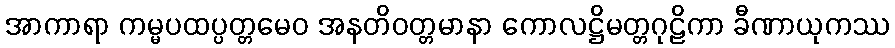
အာကာရာ ကမ္မပထပ္ပတ္တမေဝ အနတိဝတ္တမာနာ ကောလဋ္ဌိမတ္တဂုဠိကာ ခီဏာယုကဿ